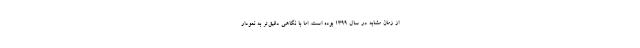
از زمان مشابه در سال ۱۳۹۹ بوده است. اما با نگاهی دقیق‌تر به نمودار